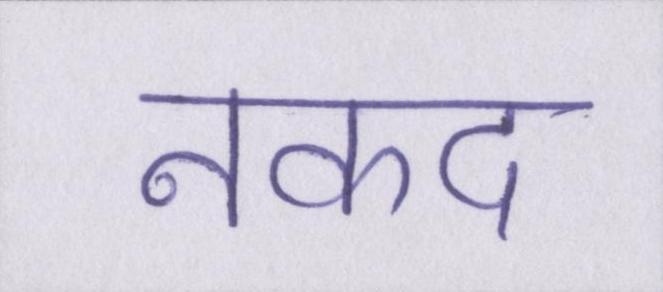
नकद